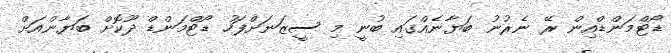
ޑޯޓްމަންޑްއިން ރޭ ނެރުނު ބަޔާނެއްގައި ބުނީ މި ސީޒަނަށްފަހު ޑޯޓްމަންޑް ދޫކޮށް ބަޔާންއަށް